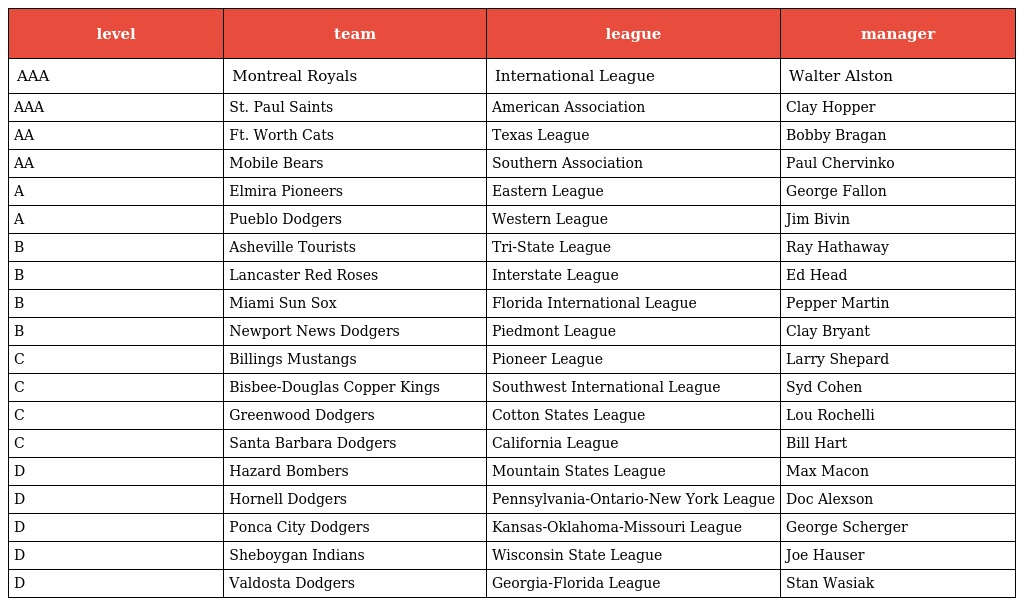
| level | team | league | manager |
 | --- | --- | --- | --- |
 | AAA | Montreal Royals | International League | Walter Alston |
 | AAA | St. Paul Saints | American Association | Clay Hopper |
 | AA | Ft. Worth Cats | Texas League | Bobby Bragan |
 | AA | Mobile Bears | Southern Association | Paul Chervinko |
 | A | Elmira Pioneers | Eastern League | George Fallon |
 | A | Pueblo Dodgers | Western League | Jim Bivin |
 | B | Asheville Tourists | Tri-State League | Ray Hathaway |
 | B | Lancaster Red Roses | Interstate League | Ed Head |
 | B | Miami Sun Sox | Florida International League | Pepper Martin |
 | B | Newport News Dodgers | Piedmont League | Clay Bryant |
 | C | Billings Mustangs | Pioneer League | Larry Shepard |
 | C | Bisbee-Douglas Copper Kings | Southwest International League | Syd Cohen |
 | C | Greenwood Dodgers | Cotton States League | Lou Rochelli |
 | C | Santa Barbara Dodgers | California League | Bill Hart |
 | D | Hazard Bombers | Mountain States League | Max Macon |
 | D | Hornell Dodgers | Pennsylvania-Ontario-New York League | Doc Alexson |
 | D | Ponca City Dodgers | Kansas-Oklahoma-Missouri League | George Scherger |
 | D | Sheboygan Indians | Wisconsin State League | Joe Hauser |
 | D | Valdosta Dodgers | Georgia-Florida League | Stan Wasiak |